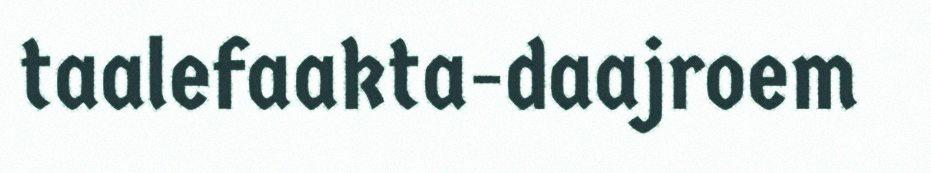
taalefaakta-daajroem